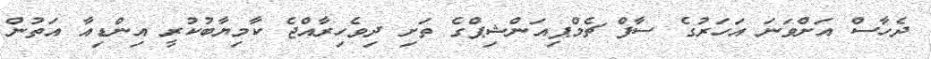
ދެހާސް އަށްވަނަ އަހަރުގެ ސާފް ޗެމްޕިއަންޝިޕްގެ ތަށި ދިވެހިރާއްޖެ ކާމިޔާބުކުރީ އިންޑިއާ އަތުން